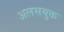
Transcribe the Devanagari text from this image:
अलसयुक्त